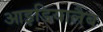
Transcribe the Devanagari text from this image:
आइडियालैब